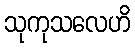
သုကုသလေဟိ